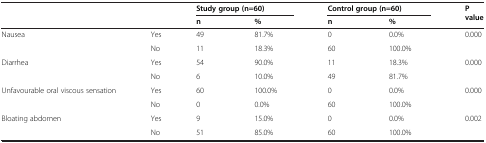
| <ROWSPAN=2>  | <ROWSPAN=2>  | <COLSPAN=2> Study group (n=60) | <COLSPAN=2> Control group (n=60) | <ROWSPAN=2> P value |
 | n | % | n | % |
 | --- | --- | --- | --- | --- | --- | --- |
 | <ROWSPAN=2> Nausea | Yes | 49 | 81.7% | 0 | 0.0% | <ROWSPAN=2> 0.000 |
 | No | 11 | 18.3% | 60 | 100.0% |
 | <ROWSPAN=2> Diarrhea | Yes | 54 | 90.0% | 11 | 18.3% | 0.000 |
 | No | 6 | 10.0% | 49 | 81.7% |  |
 | <ROWSPAN=2> Unfavourable oral viscous sensation | Yes | 60 | 100.0% | 0 | 0.0% | 0.000 |
 | No | 0 | 0.0% | 60 | 100.0% |  |
 | <ROWSPAN=2> Bloating abdomen | Yes | 9 | 15.0% | 0 | 0.0% | 0.002 |
 | No | 51 | 85.0% | 60 | 100.0% |  |